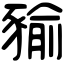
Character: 𧱬